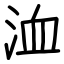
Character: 洫